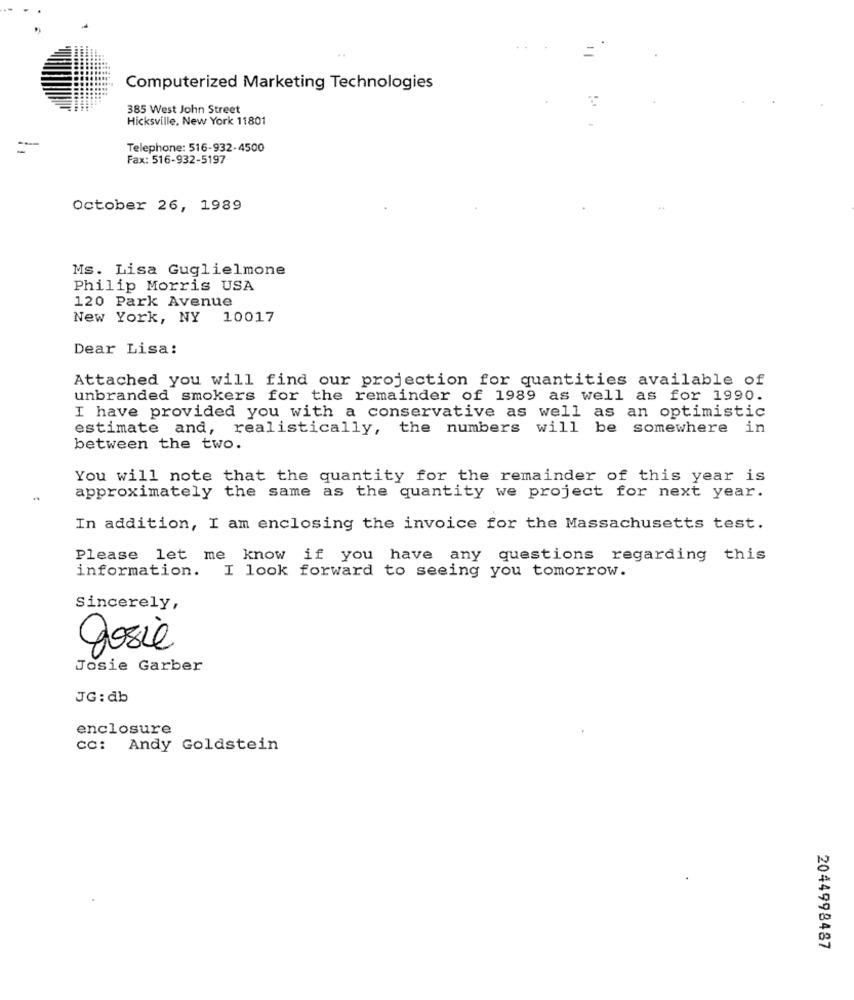
Computerized Marketing Technologies
385 West John Street
Hicksville, New York 11801
=
Telephone: 516-932-4500
Fax: 516-932-5197
October 26, 1989
Ms. Lisa Guglielmone
Philip Morris USA
120 Park Avenue
New York, NY 10017
Dear Lisa:
Attached you will find our projection for quantities available of
unbranded smokers for the remainder of 1989 as well as for 1990.
I have provided you with a conservative as well as an optimistic
estimate and, realistically, the numbers will be somewhere in
between the two.
You will note that the quantity for the remainder of this year is
approximately the same as the quantity we project for next year.
In addition, I am enclosing the invoice for the Massachusetts test.
Please let me know if you have any questions regarding this
information. I look forward to seeing you tomorrow.
Sincerely,
Josie
Josie Garber
JG: db
enclosure
CC: Andy Goldstein
2044998487